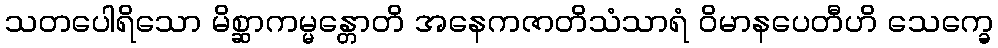
သတပေါရိသော မိစ္ဆာကမ္မန္တောတိ အနေကဇာတိသံသာရံ ဝိမာနပေတီဟိ သေက္ခေ